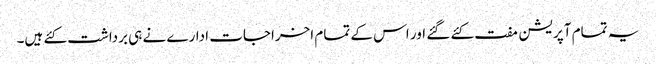
یہ تمام آپریشن مفت کئے گئے اور اس کے تمام اخراجات ادارے نے ہی برداشت کئے ہیں۔